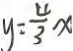
y = \frac { 4 } { 3 } x